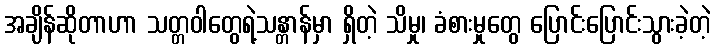
အချိန်ဆိုတာဟာ သတ္တဝါတွေရဲ့သန္တာန်မှာ ရှိတဲ့ သိမှု၊ ခံစားမှုတွေ ပြောင်းပြောင်းသွားခဲ့တဲ့